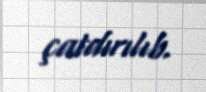
çatdırılıb.